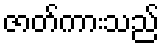
ဇာတ်ကားသည်